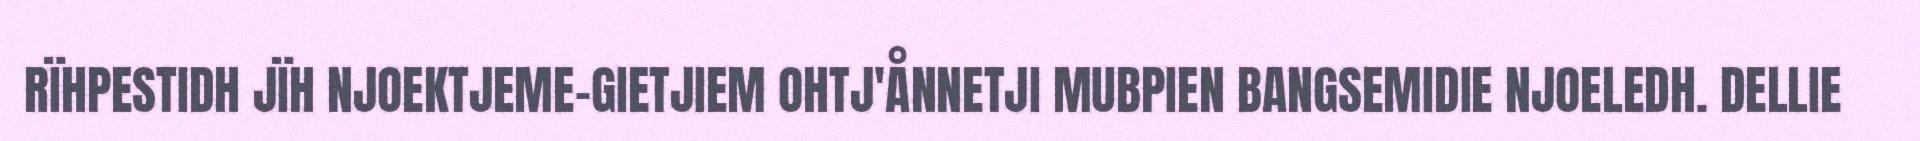
RÏHPESTIDH JÏH NJOEKTJEME-GIETJIEM OHTJ'ÅNNETJI MUBPIEN BANGSEMIDIE NJOELEDH. DELLIE